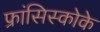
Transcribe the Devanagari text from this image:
फ्रांसिस्कोके